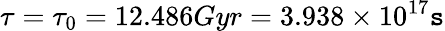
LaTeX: \tau=\tau_{0}=12.486Gyr=3.938\times10^{17}\mathtt{s}